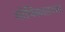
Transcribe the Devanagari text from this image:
गोपिकातनया